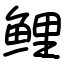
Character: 鲤